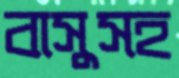
বাসুসহ